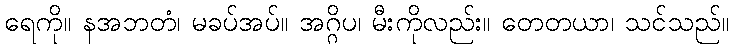
ရေကို။ နအဘတံ၊ မခပ်အပ်။ အဂ္ဂိပ၊ မီးကိုလည်း။ တေတယာ၊ သင်သည်။